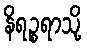
နိရဉ္စရာသို့